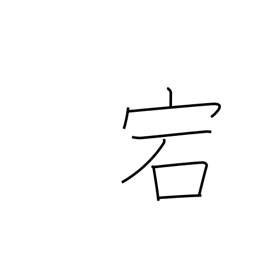
Meaning: cave